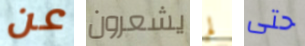
عن يشعرون لم حتى